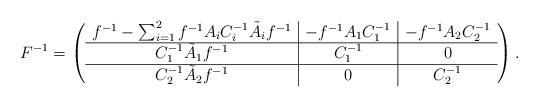
LaTeX: \begin{align*}F^{-1} = \left( \begin{array}{c|c|c}f^{-1}-\sum_{i=1}^{2} f^{-1}A_i C^{-1}_i \tilde{A}_i f^{-1} & -f^{-1} A_1 C^{-1}_1& -f^{-1}A_2C^{-1}_2 \\ \hline C^{-1}_1 \tilde{A}_1 f^{-1} & C^{-1}_1& 0\\\hline C^{-1}_2 \tilde{A}_2 f^{-1} & 0 & C^{-1}_2\end{array} \right). \end{align*}